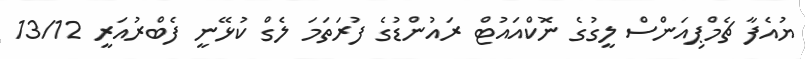
ޔުއެފާ ޗެމްޕިއަންސް ލީގުގެ ނޮކްއައުޓް ރައުންޑުގެ ފުރަތަމަ ލެގް ކުޅޭނީ ފެބްރުއަރީ 13/12